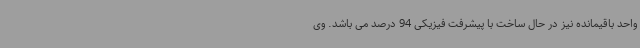
واحد باقیمانده نیز در حال ساخت با پیشرفت فیزیکی 94 درصد می باشد. وی